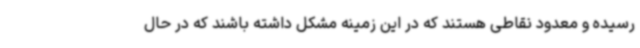
رسیده و معدود نقاطی هستند که در این زمینه مشکل داشته باشند که در حال